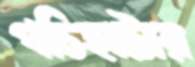
গচিহাটার